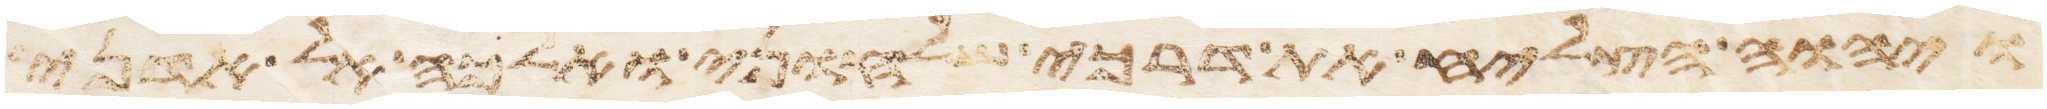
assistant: ויהוה הצליח את דרכי שלחוני ואלכה אל אדני